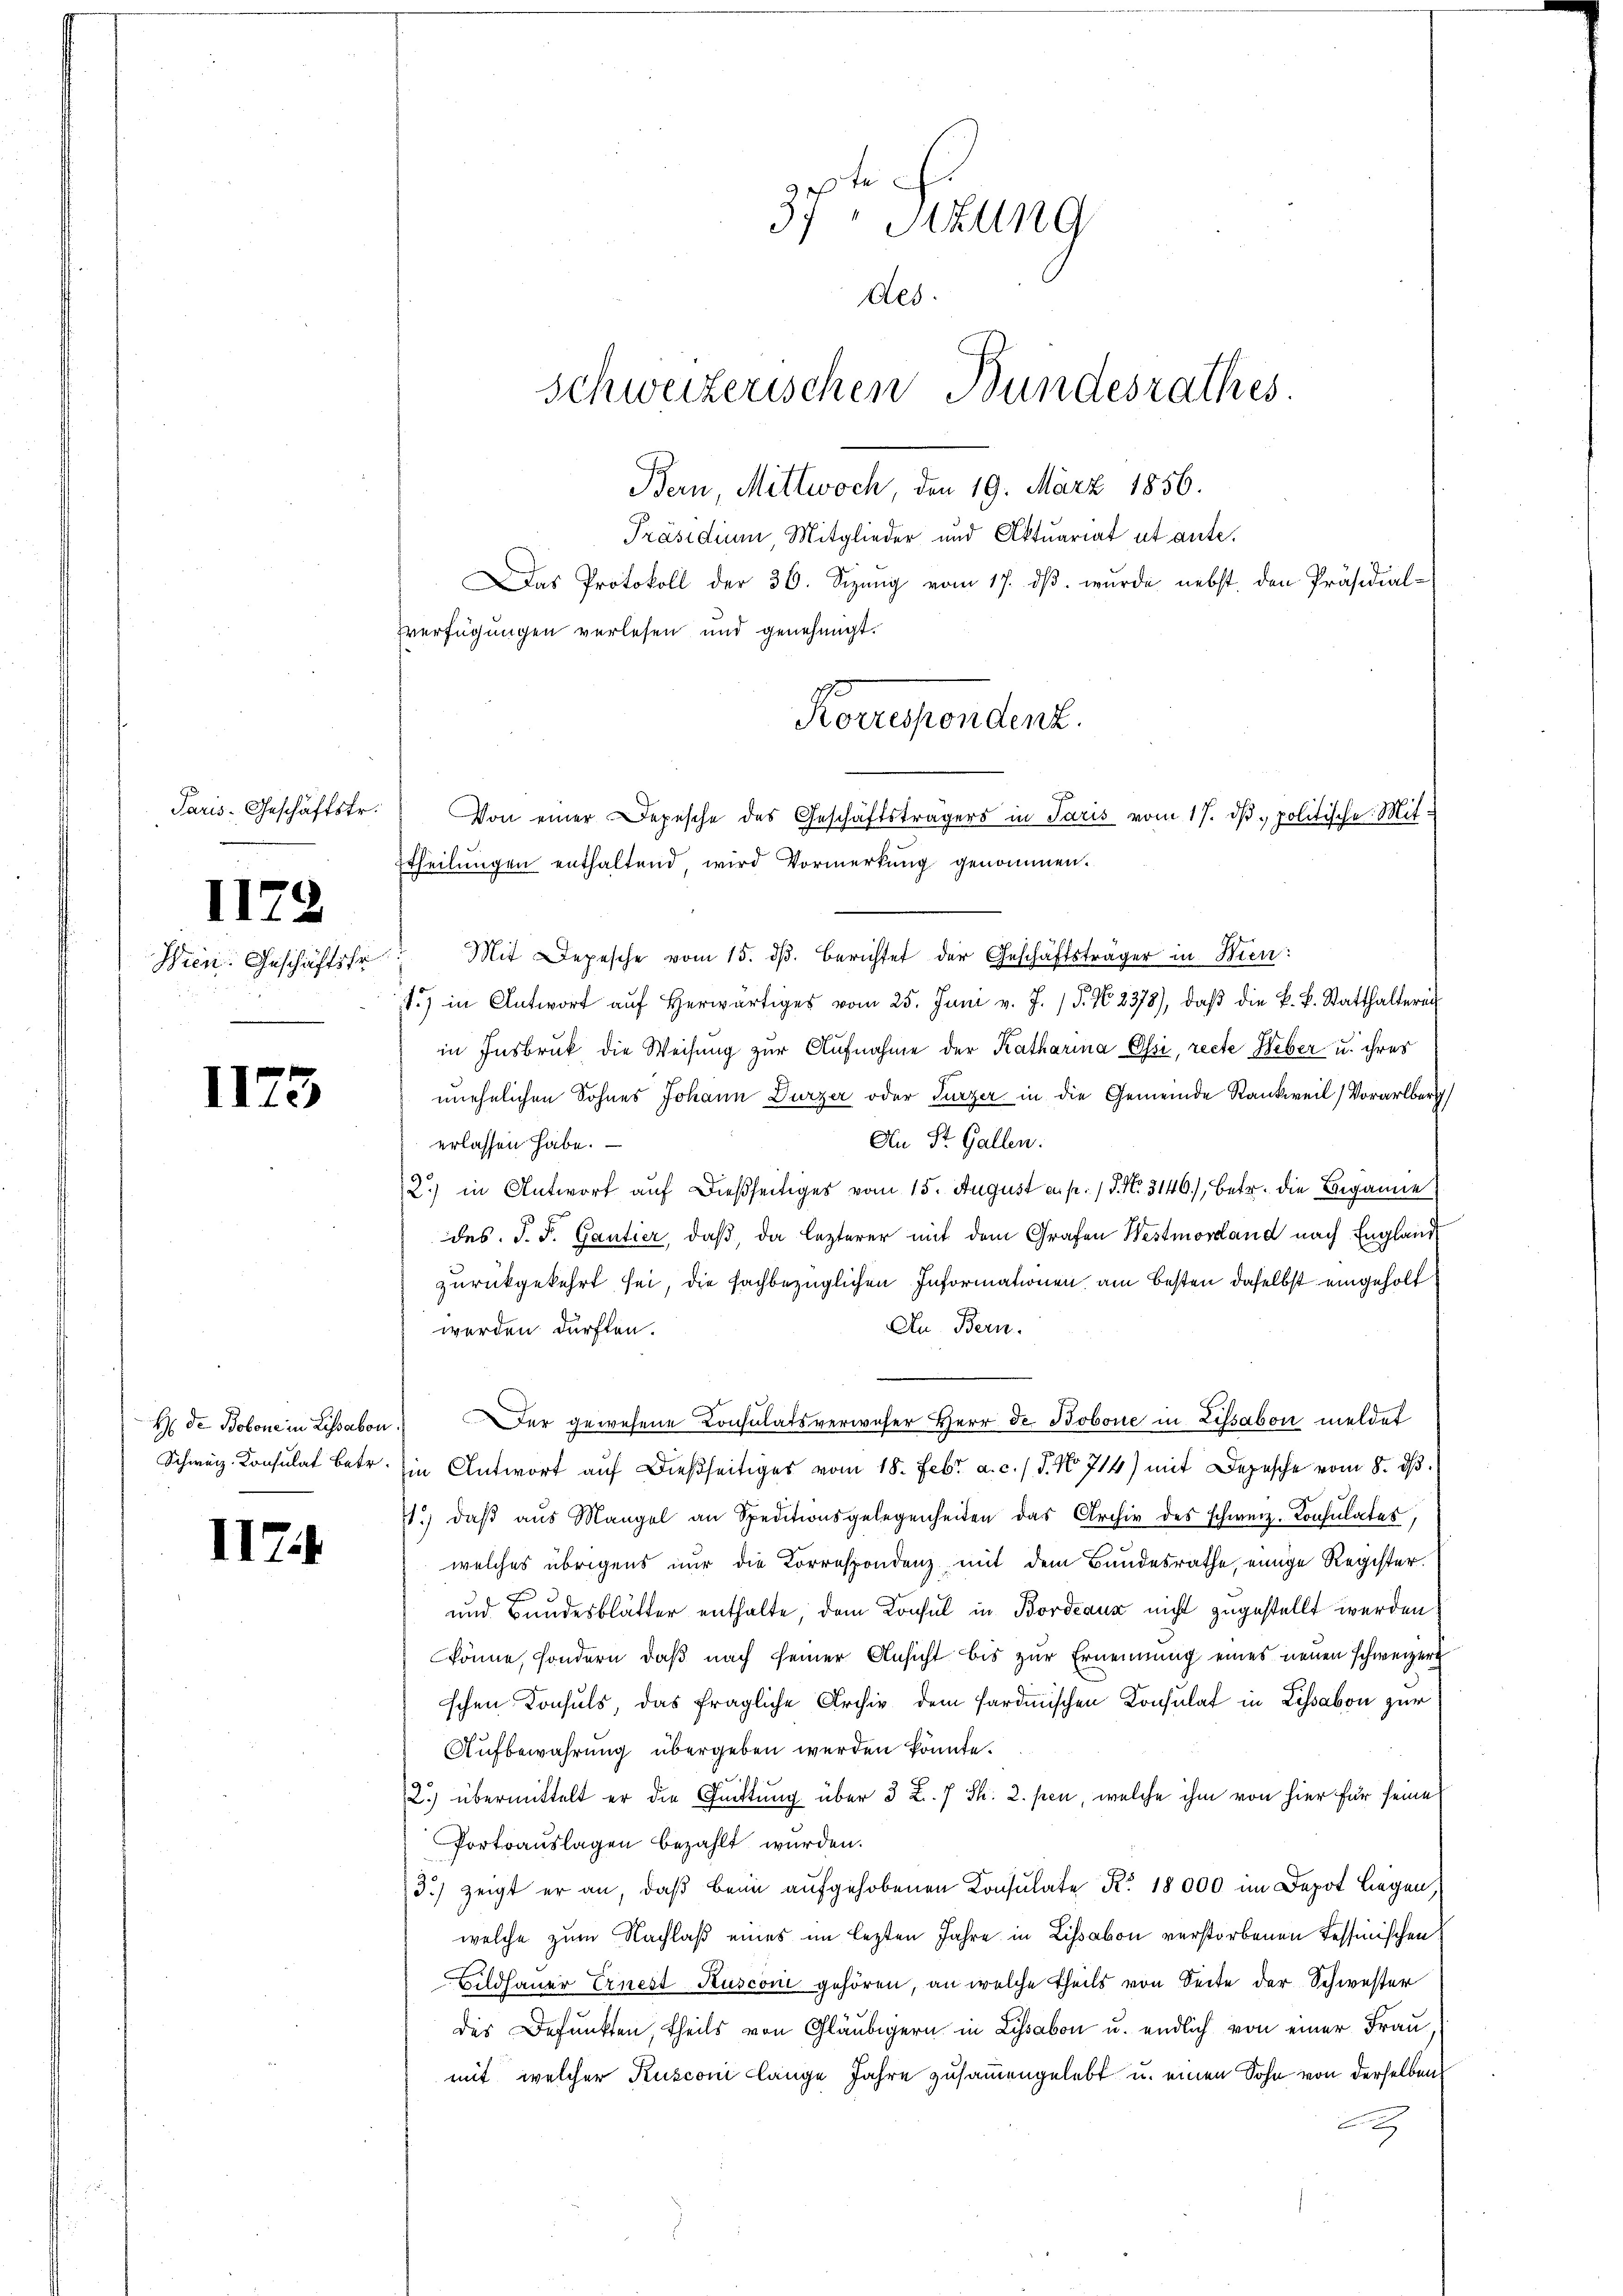
Paris. Geschäftstr.

1122

Wien. Geschäftsfr

1175

II7.1

37, Sitzung
Des.
Schweizerischen Bundesrathes.
Bern, Mittwoch, den 19. März 1856.
Präsidium, Mitglieder und Aktuariat ut ante.
Das Protokoll der 36. Sizung vom 17. dβ. wurde nebst den Präsidial-
Verfügungen verlesen und genehmigt.
Severehendent.
Von einer Depesche des Geschäftsträgers in Paris vom 17. dβ. politische Mit¬
Etheilungen enthaltend, wird Vormerkung genommen.

Mit Depesche vom 15. dβ. Berichtet der Geschäftsträger in Wien:
) in Antwort aŭf herwärtiges vom 25. Juni v. J. / 5. No. 2378), daβ die k. k. Statthaltereit
in Insbruk die Weisung zur Aufnahme der Katharina Ossi, recte Weber u. ihres
unehelichen Sohnes Johann Durzer oder Turzer in die Gemeinde Rankweil Vorarlberg
An St. Gallen.
erlassen habe.
2) in Antwort auf dießseitiges vom 15. August en p. 15. No. 3146), betr. die Beganne
des J. J. Gantier, daß, da lezterer mit dem Grafen Westmordland nach England
zurückgekehrt sei, die fachbezüglichen Informationen, am besten daselbst eingeholt
An Bern.
werden dürften.
H de Bobone in Lissabon. Der gewesene Consulatsverweser Herr de Bobone in Lissabon meldet
Schweiz. Konsulat betr. Ein Antwort auf dießseitiges vom 18. Febr. a. c. / 5. No 714) mit Depesche vom 8. d.
71. daβ aŭs Mangel an Speditionsgelegenheiten das Archiv des schweiz. Consulates,
welches übrigens nur die Korrespondenz mit dem Bundesrathe, einige Register.
und Bundesblätter enthalte, dem Konsul in Bordeaux nicht zugestellt werden,
könne, sondern, daß nach seiner Ansicht bis zur Ernennung eines neuen schweizer
schen Konsuls, das fragliche Archiv dem sardinischen Konsulat in Lissabon zur
Aufbewahrung übergeben werden könnte.
2.) übermittelt er die Quittung über 3 Z. 7 Th. 2. pen, welche ihm von hier für seine
Portoauslagen bezahlt wurden.
3) zeigt er an, daß beim aufgehobenen Konsulate R. 18000 im Depot liegen,
welche zum Nachlaß eines im lezten Jahre in Lissabon verstorbenen Tessinischen
Bildhauer Ernest-Kusconi gehören, an welche theils von Seite der Schwester
des Befunkten, theils von Gläubigern in Lissabon u. endlich von einer Frau,
mit, welcher Kusconi lange Jahre zusammengelebt u. einen Sohn von derselben
A